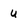
Character: u